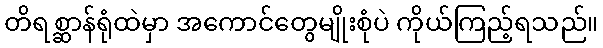
တိရစ္ဆာန်ရုံထဲမှာ အကောင်တွေမျိုးစုံပဲ ကိုယ်ကြည့်ရသည်။